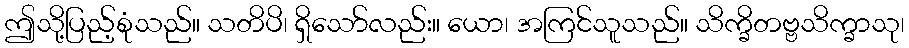
ဤသို့ပြည့်စုံသည်။ သတိပိ၊ ရှိသော်လည်း။ ယော၊ အကြင်သူသည်။ သိက္ခိတဗ္ဗသိက္ခာသု၊